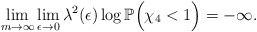
\begin{align*}\lim_{m\to\infty}\lim_{\epsilon\to0}\lambda^2(\epsilon)\log\mathbb P\Big(\chi_4<1\Big)=-\infty.\end{align*}